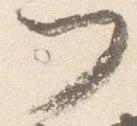
門